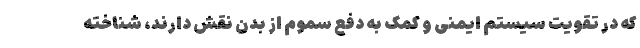
که در تقویت سیستم ایمنی و کمک به دفع سموم از بدن نقش دارند، شناخته